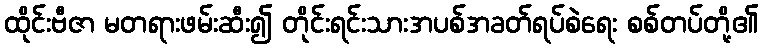
ထိုင်းဗီဇာ မတရားဖမ်းဆီး၍ တိုင်းရင်းသားအပစ်အခတ်ရပ်စဲရေး စစ်တပ်တို့၏